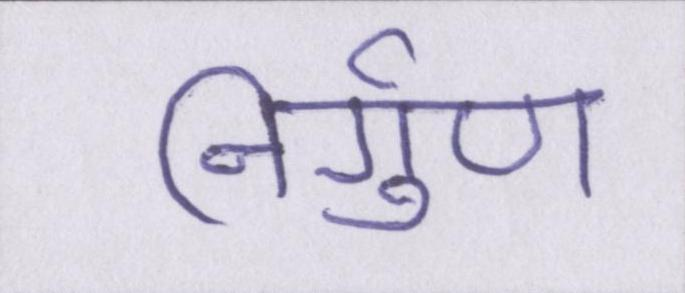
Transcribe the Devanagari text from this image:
निर्गुण